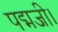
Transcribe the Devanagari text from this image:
पद्मजी।